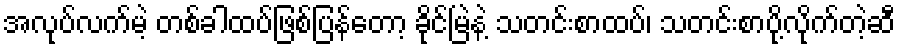
အလုပ်လက်မဲ့ တစ်ခါထပ်ဖြစ်ပြန်တော့ ခိုင်မြဲနဲ့ သတင်းစာထပ်၊ သတင်းစာပို့လိုက်တဲ့ဆီ